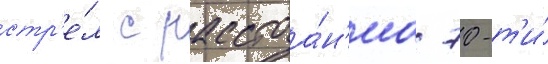
стр'е́л с расстоа́н'иа 70-т'и́